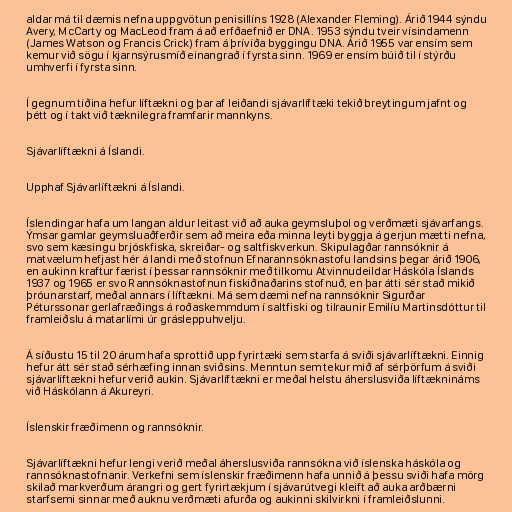
aldar má til dæmis nefna uppgvötun penisillíns 1928 (Alexander Fleming). Árið 1944 sýndu
Avery, McCarty og MacLeod fram á að erfðaefnið er DNA. 1953 sýndu tveir vísindamenn
(James Watson og Francis Crick) fram á þrívíða byggingu DNA. Árið 1955 var ensím sem
kemur við sögu í kjarnsýrusmíð einangrað í fyrsta sinn. 1969 er ensím búið til í stýrðu
umhverfi í fyrsta sinn.

Í gegnum tíðina hefur líftækni og þar af leiðandi sjávarlíftæki tekið breytingum jafnt og
þétt og í takt við tæknilegra framfarir mannkyns.

Sjávarlíftækni á Íslandi.

Upphaf Sjávarlíftækni á Íslandi.

Íslendingar hafa um langan aldur leitast við að auka geymsluþol og verðmæti sjávarfangs.
Ýmsar gamlar geymsluaðferðir sem að meira eða minna leyti byggja á gerjun mætti nefna,
svo sem kæsingu brjóskfiska, skreiðar- og saltfiskverkun. Skipulagðar rannsóknir á
matvælum hefjast hér á landi með stofnun Efnarannsóknastofu landsins þegar árið 1906,
en aukinn kraftur færist í þessar rannsóknir með tilkomu Atvinnudeildar Háskóla Íslands
1937 og 1965 er svo Rannsóknastofnun fiskiðnaðarins stofnuð, en þar átti sér stað mikið
þróunarstarf, meðal annars í líftækni. Má sem dæmi nefna rannsóknir Sigurðar
Péturssonar gerlafræðings á roðaskemmdum í saltfiski og tilraunir Emilíu Martinsdóttur til
framleiðslu á matarlími úr grásleppuhvelju.

Á síðustu 15 til 20 árum hafa sprottið upp fyrirtæki sem starfa á sviði sjávarlíftækni. Einnig
hefur átt sér stað sérhæfing innan sviðsins. Menntun sem tekur mið af sérþörfum á sviði
sjávarlíftækni hefur verið aukin. Sjávarlíftækni er meðal helstu áherslusviða líftæknináms
við Háskólann á Akureyri.

Íslenskir fræðimenn og rannsóknir.

Sjávarlíftækni hefur lengi verið meðal áherslusviða rannsókna við íslenska háskóla og
rannsóknastofnanir. Verkefni sem íslenskir fræðimenn hafa unnið á þessu sviði hafa mörg
skilað markverðum árangri og gert fyrirtækjum í sjávarútvegi kleift að auka arðbærni
starfsemi sinnar með auknu verðmæti afurða og aukinni skilvirkni í framleiðslunni.